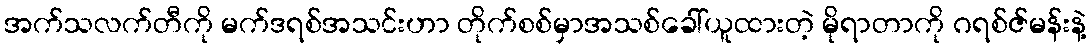
အက်သလက်တီကို မက်ဒရစ်အသင်းဟာ တိုက်စစ်မှာအသစ်ခေါ်ယူထားတဲ့ မိုရာတာကို ဂရစ်ဇ်မန်းနဲ့